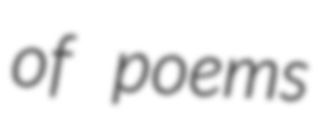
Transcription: of poems